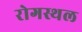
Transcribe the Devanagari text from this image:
रोगस्थल